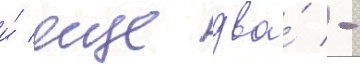
и́ еще два́ -